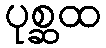
ပုစ္ဆထ